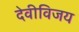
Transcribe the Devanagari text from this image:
देवीविजय